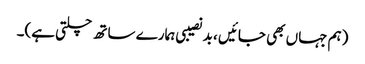
(ہم جہاں بھی جائیں ، بد نصیبی ہمارے ساتھ چلتی ہے)۔